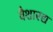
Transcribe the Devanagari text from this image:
वैशारद्य